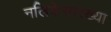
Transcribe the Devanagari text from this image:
नलिकेसारख्या